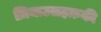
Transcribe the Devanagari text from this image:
ज़ियाउलहक़की